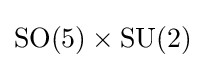
{\text{SO}}(5)\times {\text{SU}}(2)